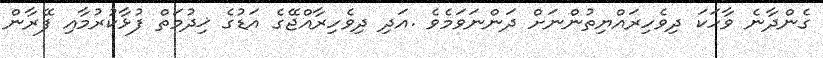
ގެންދާނެ ވާހަކަ ދިވެހިރައްޔިތުންނަށް ދަންނަވަމެވެ .އަދި ދިވެހިރާއްޖޭގެ އަޑުގެ ޚިދުމަތް ފުޅާކުރުމާއި ފޭރާން